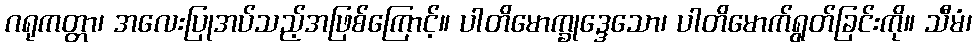
ဂရုကတ္တာ၊ အလေးပြုအပ်သည့်အဖြစ်ကြောင့်။ ပါတိမောက္ခုဒ္ဒေသော၊ ပါတိမောက်ရွတ်ခြင်းကို။ သီမံ၊